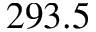
2 9 3 . 5